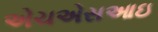
એચએસઆઇ